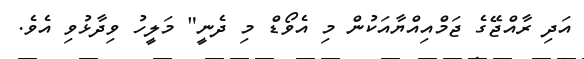
އަދި ރާއްޖޭގެ ޖަމްއިއްޔާއަކުން މި އެވޯޑް މި ދެނީ" މަލީހު ވިދާޅުވި އެވެ.